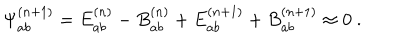
{ \Psi } _ { a b } ^ { ( n + 1 ) } = E _ { a b } ^ { ( n ) } - B _ { a b } ^ { ( n ) } + E _ { a b } ^ { ( n + 1 ) } + B _ { a b } ^ { ( n + 1 ) } \approx 0 \ .